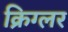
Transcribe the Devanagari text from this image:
क्रिग्लर